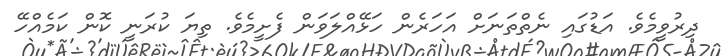
ދިރުވީމެވެ. އަޑުގައި ނެތްތަނަށް އަހަރެން ހަޅޭއްލަވަން ފެށީމެވެ. ތިޔަ ކުރަނީ ކޮން ކަމެއްހޭ